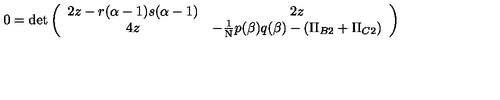
0 = \det \left( \begin{array} { c c } { 2 z - r ( \alpha - 1 ) s ( \alpha - 1 ) } & { 2 z } \\ { 4 z } & { - { \mathrm { \small { \frac { 1 } { N } } } } p ( \beta ) q ( \beta ) - ( \Pi _ { B 2 } + \Pi _ { C 2 } ) } \\ \end{array} \right)